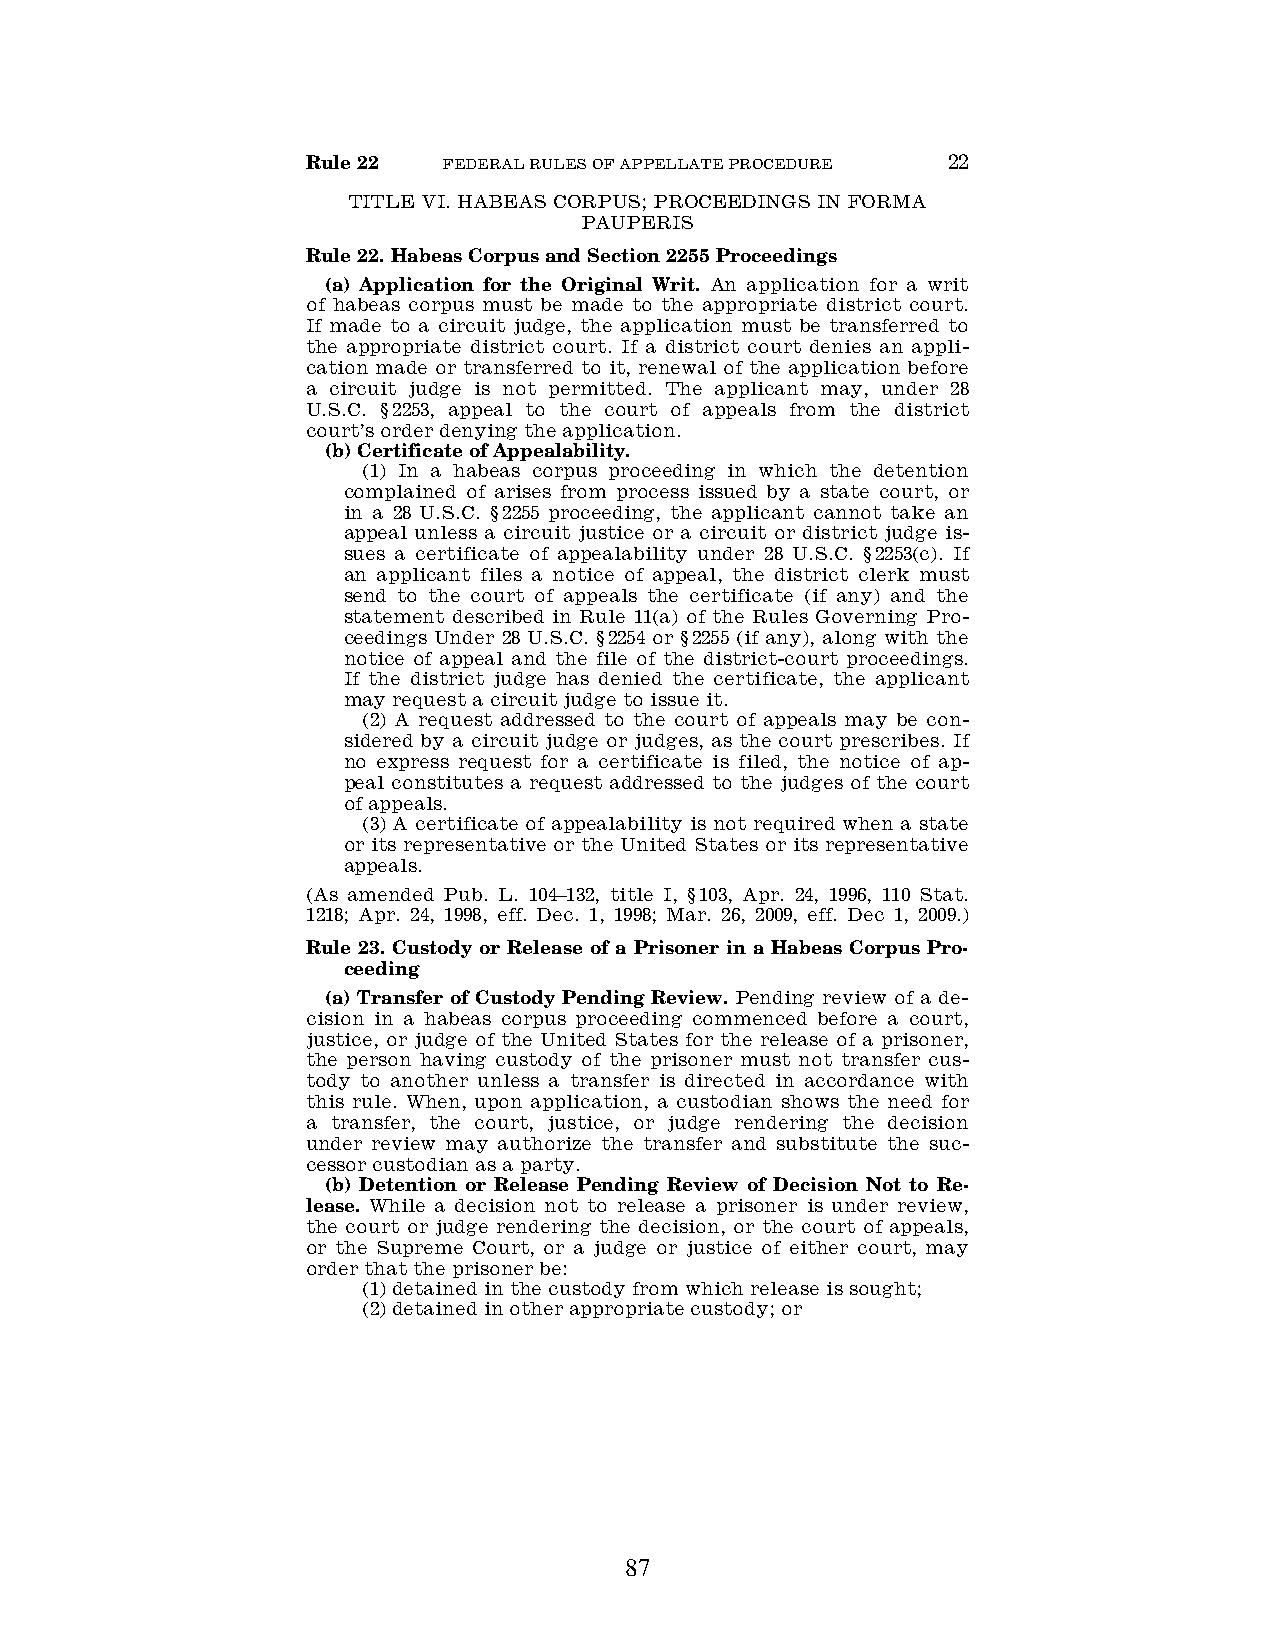
Rule 22  FEDERAL RULES OF APPELLATE PROCEDURE 22
 TITLE VI. HABEAS CORPUS; PROCEEDINGS IN FORMA
 PAUPERIS
 Rule 22. Habeas Corpus and Section 2255 Proceedings
 (a) Application for the Original Writ. An application for a writ
 of habeas corpus must be made to the appropriate district court.
 If made to a circuit judge, the application must be transferred to
 the appropriate district court. If a district court denies an appli-
 cation made or transferred to it, renewal of the application before
 a circuit judge is not permitted. The applicant may, under 28
 U.S.C. §2253, appeal to the court of appeals from the district
 court’s order denying the application.
 (b) Certificate of Appealability.
 (1) In a habeas corpus proceeding in which the detention
 complained of arises from process issued by a state court, or
 in a 28 U.S.C. §2255 proceeding, the applicant cannot take an
 appeal unless a circuit justice or a circuit or district judge is-
 sues a certificate of appealability under 28 U.S.C. §2253(c). If
 an applicant files a notice of appeal, the district clerk must
 send to the court of appeals the certificate (if any) and the
 statement described in Rule 11(a) of the Rules Governing Pro-
 ceedings Under 28 U.S.C. §2254 or §2255 (if any), along with the
 notice of appeal and the file of the district-court proceedings.
 If the district judge has denied the certificate, the applicant
 may request a circuit judge to issue it.
 (2) A request addressed to the court of appeals may be con-
 sidered by a circuit judge or judges, as the court prescribes. If
 no express request for a certificate is filed, the notice of ap-
 peal constitutes a request addressed to the judges of the court
 of appeals.
 (3) A certificate of appealability is not required when a state
 or its representative or the United States or its representative
 appeals.
 (As amended Pub. L. 104–132, title I, §103, Apr. 24, 1996, 110 Stat.
 1218; Apr. 24, 1998, eff. Dec. 1, 1998; Mar. 26, 2009, eff. Dec 1, 2009.)
 Rule 23. Custody or Release of a Prisoner in a Habeas Corpus Pro-
 ceeding
 (a) Transfer of Custody Pending Review. Pending review of a de-
 cision in a habeas corpus proceeding commenced before a court,
 justice, or judge of the United States for the release of a prisoner,
 the person having custody of the prisoner must not transfer cus-
 tody to another unless a transfer is directed in accordance with
 this rule. When, upon application, a custodian shows the need for
 a transfer, the court, justice, or judge rendering the decision
 under review may authorize the transfer and substitute the suc-
 cessor custodian as a party.
 (b) Detention or Release Pending Review of Decision Not to Re-
 lease. While a decision not to release a prisoner is under review,
 the court or judge rendering the decision, or the court of appeals,
 or the Supreme Court, or a judge or justice of either court, may
 order that the prisoner be:
 (1) detained in the custody from which release is sought;
 (2) detained in other appropriate custody; or
 87